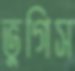
ভুগিস